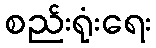
စည်းရုံးရေး